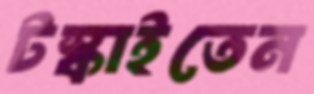
টস্‌কাইতেন